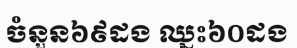
ចំនួន៦៩ដង ឈ្នះ៦០ដង